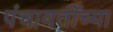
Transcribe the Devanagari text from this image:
पंचायतींच्या